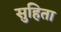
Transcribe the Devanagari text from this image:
सुहिता